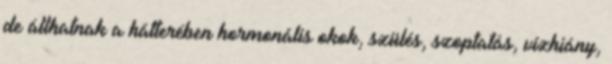
de állhatnak a hátterében hormonális okok, szülés, szoptatás, vízhiány,